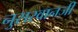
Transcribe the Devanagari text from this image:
नुसरवानजी